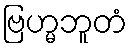
ဗြဟ္မဘူတံ